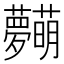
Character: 𱿋